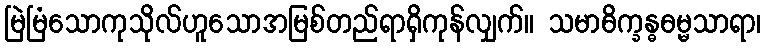
မြဲမြံသောကုသိုလ်ဟူသောအမြစ်တည်ရာရှိကုန်လျှက်။ သမာဓိက္ခန္ဓဓမ္မသာရာ၊